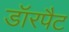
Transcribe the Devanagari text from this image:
डॉरपैट